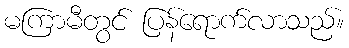
မကြာမီတွင် ပြန်ရောက်လာသည်။